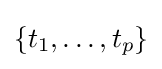
\{t_{1},\ldots ,t_{p}\}